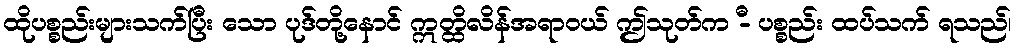
ထိုပစ္စည်းများသက်ပြီး သော ပုဒ်တို့နောင် ဣတ္ထိလိန်အရာဝယ် ဤသုတ်က -ီ ပစ္စည်း ထပ်သက် ရသည်၊